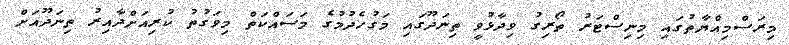
މިރަސްމިއްޔާތުގައި މިނިސްޓަރު ތޯރިގު ވިދާޅުވީ ތިނަދޫގައި މަގުހެދުމުގެ މަސައްކަތް މިވަގުތުު ކުރިއަށްދާއިރު ތިނަދޫއަށް